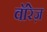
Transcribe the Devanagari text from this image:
वॉरेज़